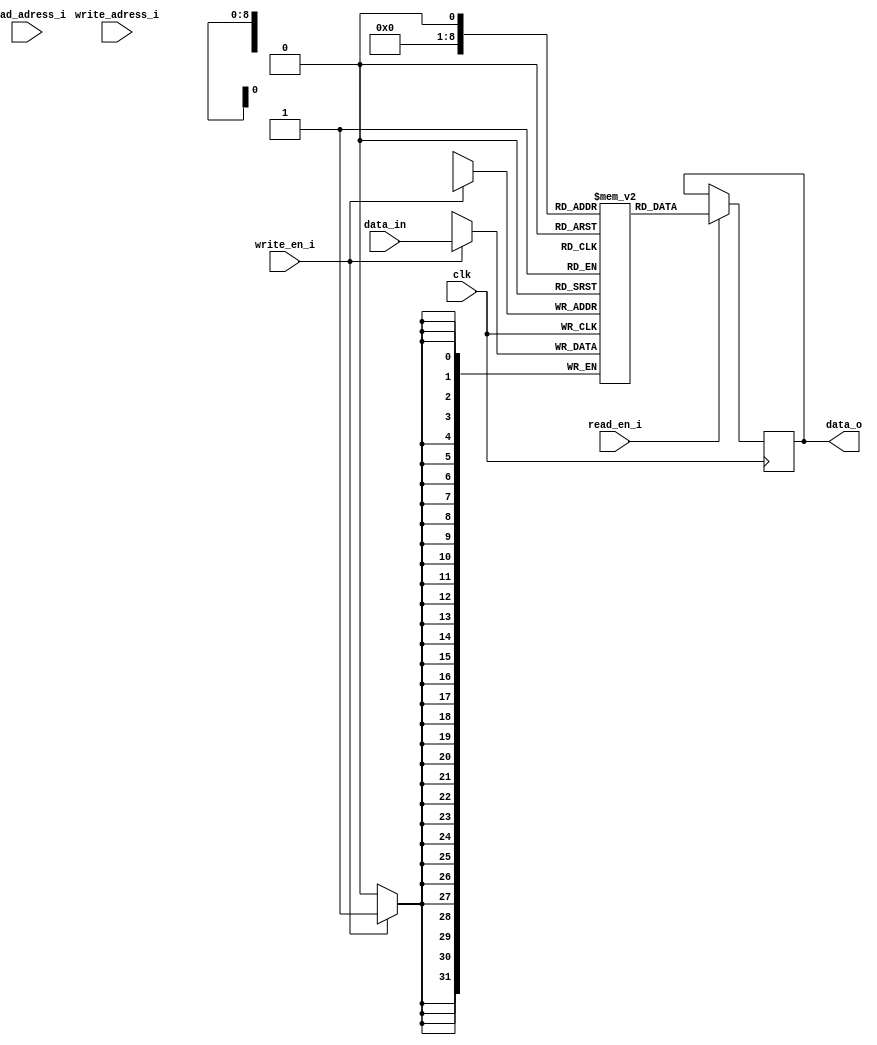
module BRAM_deneme (
    input              clk,
    input              write_en_i,
    input              read_en_i,
    input       [8:0]  write_adress_i,
    input       [8:0]  read_adress_i,
    input       [31:0] data_in,
    output reg  [31:0] data_o              
);
    
(*ram_style="block"*)

reg [31:0] ram [0:500];

always@(negedge clk)begin
    if(write_en_i)begin
        ram[w_adress_i]<=data_in;
    end
end

always@(negedge clk)begin
    if(read_en_i)begin
        data_o<=ram[r_adress_i];
    end
end



endmodule